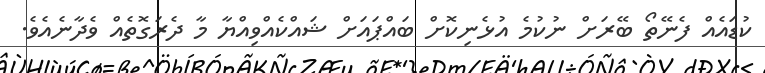
ކުޑައެއް ފެނޭތޯ ބޭރަށް ނުކުމެ އުޅެނިކޮށް ބައްޕައަށް ޝައްކެއްވިއްޔާ މާ ދެރަގޮތެއް ވެދާނެއެވެ.